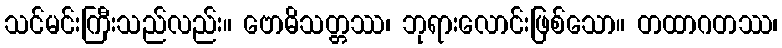
သင်မင်းကြီးသည်လည်း။ ဗောဓိသတ္တဿ၊ ဘုရားလောင်းဖြစ်သော။ တထာဂတဿ၊